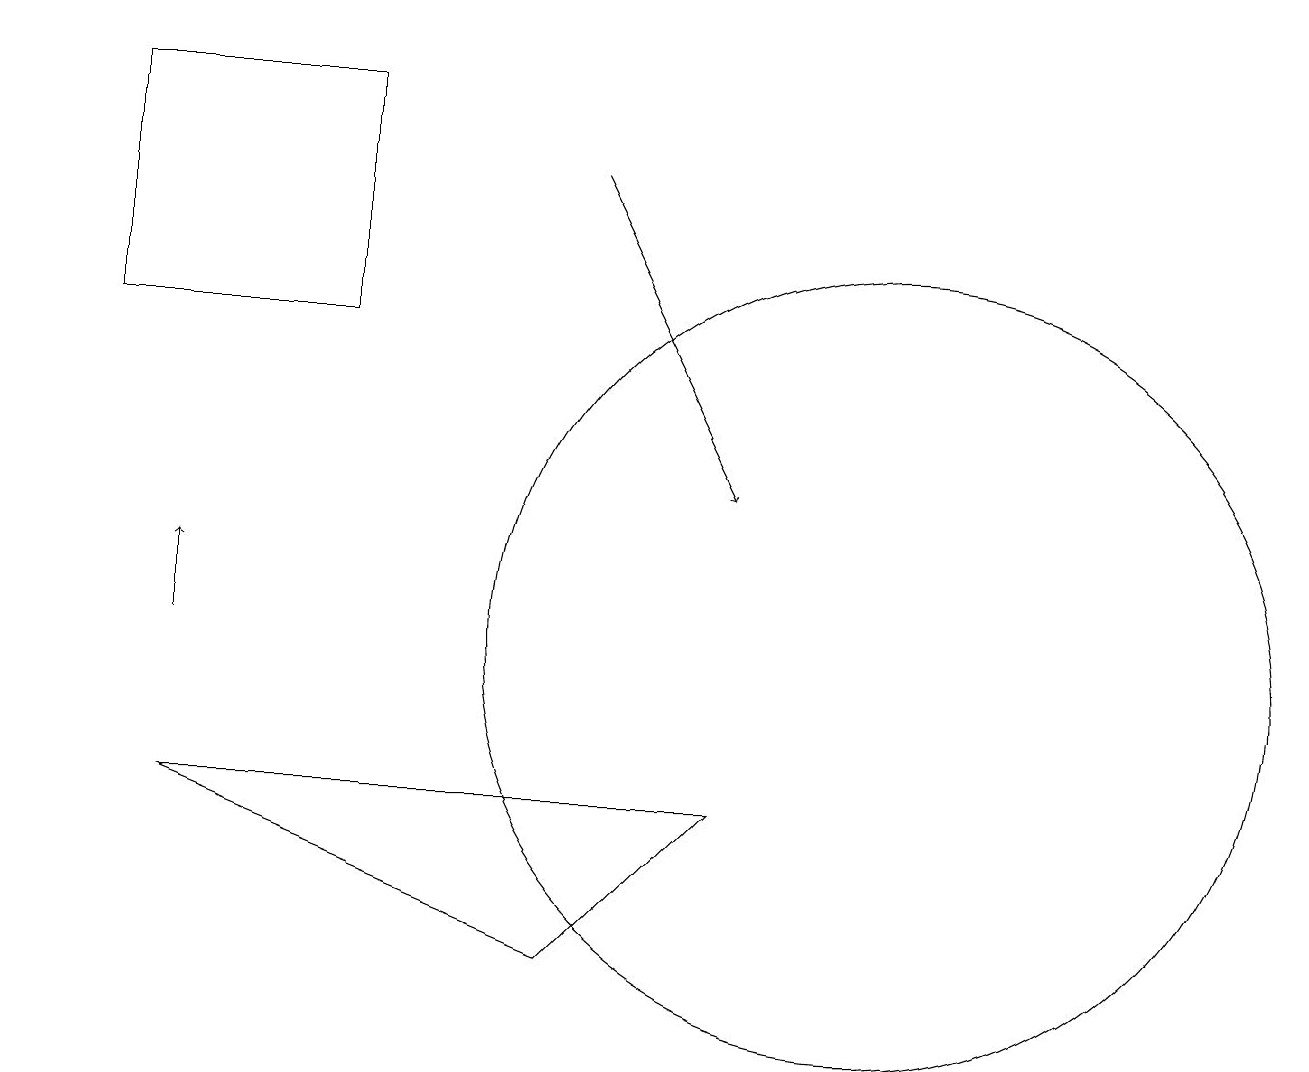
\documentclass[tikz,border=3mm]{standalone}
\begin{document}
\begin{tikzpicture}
\draw (1,18) rectangle (1,16);
\draw[->] (1,19) -- (0,19);
\draw[->] (7,17) -- (9,13);
\draw (7,7) -- (2,9) -- (9,9) -- cycle;
\draw (1,18) rectangle (4,15);
\draw[->] (2,11) -- (2,12);
\draw (11,11) circle (5);
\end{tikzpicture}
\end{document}